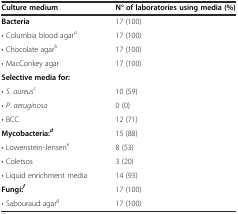
| Culture medium | N° of laboratories using media (%) |
 | --- | --- |
 | Bacteria | 17 (100) |
 | • Columbia blood agara | 17 (100) |
 | • Chocolate agarb | 17 (100) |
 | • MacConkey agar | 17 (100) |
 | Selective media for: |  |
 | • S. aureusc | 10 (59) |
 | • P. aeruginosa | 0 (0) |
 | • BCC | 12 (71) |
 | Mycobacteria:d | 15 (88) |
 | • Lowenstein-Jensene | 8 (53) |
 | • Coletsos | 3 (20) |
 | • Liquid enrichment media | 14 (93) |
 | Fungi:f | 17 (100) |
 | • Sabouraud agarg | 17 (100) |